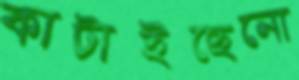
কাটাইছেনো